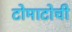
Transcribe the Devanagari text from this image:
टोमाटोची